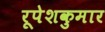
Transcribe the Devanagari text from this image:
रूपेशकुमार